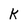
Character: K